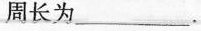
周长为___.